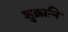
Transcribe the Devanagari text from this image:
शुक्रानि